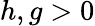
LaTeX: h,g>0